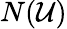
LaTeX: N({\mathcal{U}})